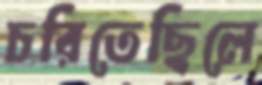
চরিতেছিলে